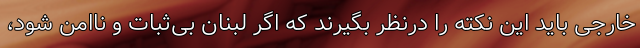
خارجی باید این نکته را درنظر بگیرند که اگر لبنان بی‌ثبات و ناامن شود،